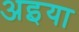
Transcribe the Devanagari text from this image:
अइया